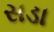
સડા